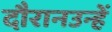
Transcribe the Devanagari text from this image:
दौरानउन्हें